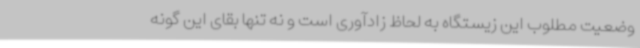
وضعیت مطلوب این زیستگاه به لحاظ زادآوری است و نه تنها بقای این گونه